Civil Veterinary Department. United Provinces 1912-22 - 1912-1922
Year: 1912
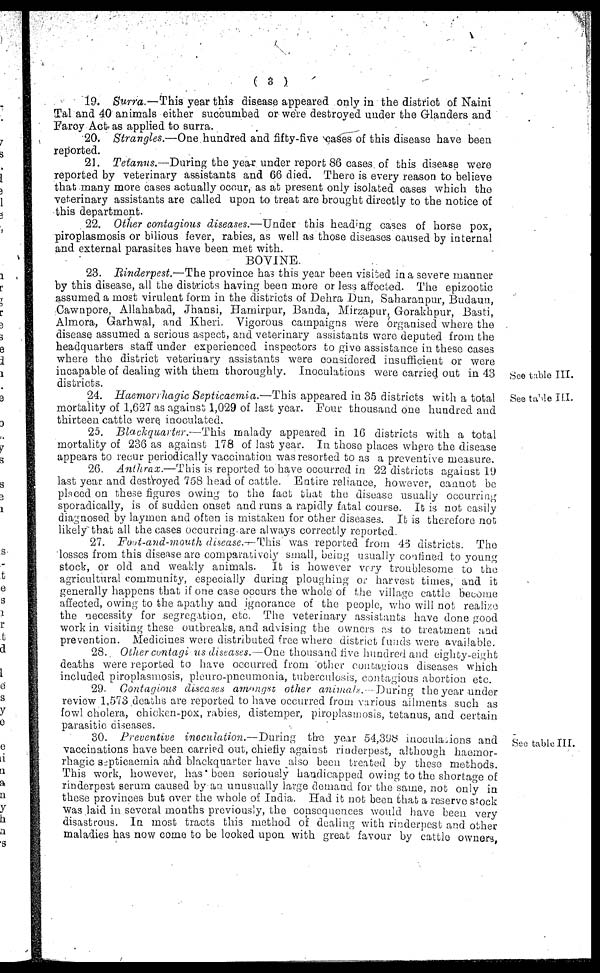
(3)
19. Surra.—This year this disease appeared only in the district of Naini
Tal and 40 animals either succumbed or were destroyed under the Glanders and
Farcy Act as applied to surra.
20. Strangles.—One hundred and fifty-five cases of this disease have been
reported.
21. Tetanus.—During
the year under report 86 cases of this disease were
reported by veterinary assistants and 66 died. There is every reason to believe
that many more cases actually occur, as at present only isolated oases which the
veterinary assistants are called upon to treat are brought directly to the notice of
this department.
22. Other contagious diseases.—Under
this heading cases of horse pox,
piroplasmosis or bilious fever, rabies, as well as those diseases caused by internal
and external parasites have been met with.
BOVINE.
See table III.
23. Rinderpest.—The province has this year been visited in a severe manner
by this disease, all the districts having been more or less affected. The epizootic
assumed a most virulent form in the districts of Dehra Dun, Saharanpur, Budaun,
Cawnpore, Allahabad, Jhansi, Hamirpur, Banda, Mirzapur, Gorakhpur, Basti,
Almora, Garhwal, and Kheri. Vigorous campaigns were organised where the
disease assumed a serious aspect, and veterinary assistants were deputed from the
headquarters staff under experienced inspectors to give assistance in these cases
where the district veterinary assistants were considered insufficient or were
incapable of dealing with them thoroughly. Inoculations were carried out in 43
districts.
See table III.
24. Haemorrhagic Septicaemia.—This
appeared in 35 districts with a total
mortality of 1,627 as against 1,029 of last year. Four thousand one hundred and
thirteen cattle were inoculated.
25. Blackquarter.—This
malady appeared in 16 districts with a total
mortality of 236 as against 178 of last year. In those places where the disease
appears to recur periodically vaccination was resorted to as a preventive measure.
26. Anthrax.—This
is reported to have occurred in 22 districts against 19
last year and destroyed 758 head of cattle. Entire reliance, however, cannot be
placed on these figures owing to the fact that the disease usually occurring
sporadically, is of sudden onset and runs a rapidly fatal course. It is not easily
diagnosed by laymen and often is mistaken for other diseases. It is therefore not
likely that all the cases occurring are always correctly reported.
27. Foot-and-mouth disease.—This was reported from 43 districts. The
losses from this disease are comparatively small, being usually confined to young
stock, or old and weakly animals.
It is however very troublesome to the
agricultural community, especially during ploughing or harvest times, and it
generally happens that if one case occurs the whole of the village cattle become
affected, owing to the apathy and ignorance of the people, who will not realize
the necessity for segregation, etc. The veterinary assistants have done good
work in visiting these outbreaks, and advising the owners as to treatment and
prevention. Medicines were distributed free where district funds were available.
28. Other cuntagi us diseases.— One thousand live hundred and eighty-eight
deaths were reported to have occurred from other contagious diseases which
included piroplasmosis, pleuro-pneumonia, tuberculosis, contagious abortion etc.
29. Contagious discases amongst other animals.
During the year under
review 1,573 deaths are reported to have occurred from various ailments such as
fowl cholera, chicken-pox, rabies, distemper, piroplasmosis, tetanus, and certain
parasitic diseases.
See table III.
30. Preventive
inoculation.—During
the year 54,398 inoculations and
vaccinations have been carried out, chiefly against rinderpest, although haemor-
rhagic septicaemia and blackquarter have also been treated by these methods.
This work, however, has been seriously handicapped owing to the shortage of
rinderpest serum caused by an unusually large demand for the same, not only in
these provinces but over the whole of India. Had it not been that a reserve stock
Was laid in several months previously, the consequences would have been very
disastrous. In most tracts this method of dealing with rinderpest and other
maladies has now come to be looked upon with great favour by cattle owners,